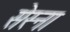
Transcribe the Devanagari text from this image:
सेस्ना